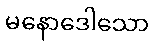
မနောဒေါသော